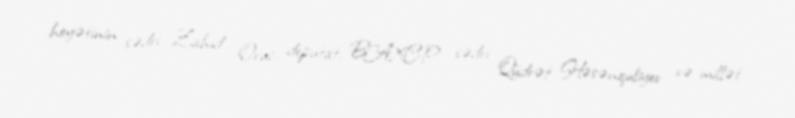
heyətinin sədri Zahid Oruc, deputat, BAXCP sədri Qüdrət Həsənquliyev və millət